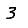
Digit: 3